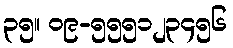
၃၅။ ၀၉-၅၅၅၁၂၃၄၅၆